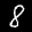
Label: 8